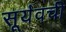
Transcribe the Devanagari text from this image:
सूर्यवची